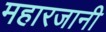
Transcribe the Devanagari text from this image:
महारजानी